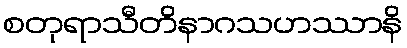
စတုရာသီတိနာဂသဟဿာနိ